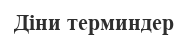
Діни терминдер